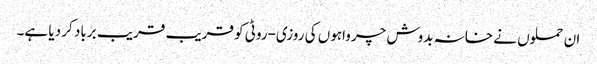
ان حملوں نے خانہ بدوش چرواہوں کی روزی-روٹی کو قریب قریب برباد کر دیا ہے۔